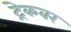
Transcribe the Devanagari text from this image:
ट्रेकवर